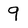
Character: 9